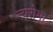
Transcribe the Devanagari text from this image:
न्यूरोमा